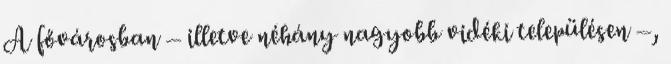
A fővárosban – illetve néhány nagyobb vidéki településen –,